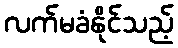
လက်မခံနိုင်သည့်